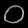
Digit: ၀